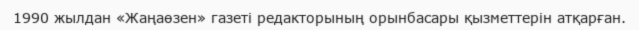
1990 жылдан «Жаңаөзен» газеті редакторының орынбасары қызметтерін атқарған.